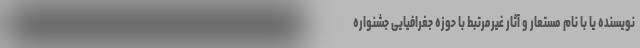
نویسنده یا با نام مستعار و آثار غیرمرتبط با حوزه جغرافیایی جشنواره